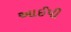
આઈપી